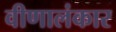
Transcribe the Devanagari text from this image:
वीणालंकार